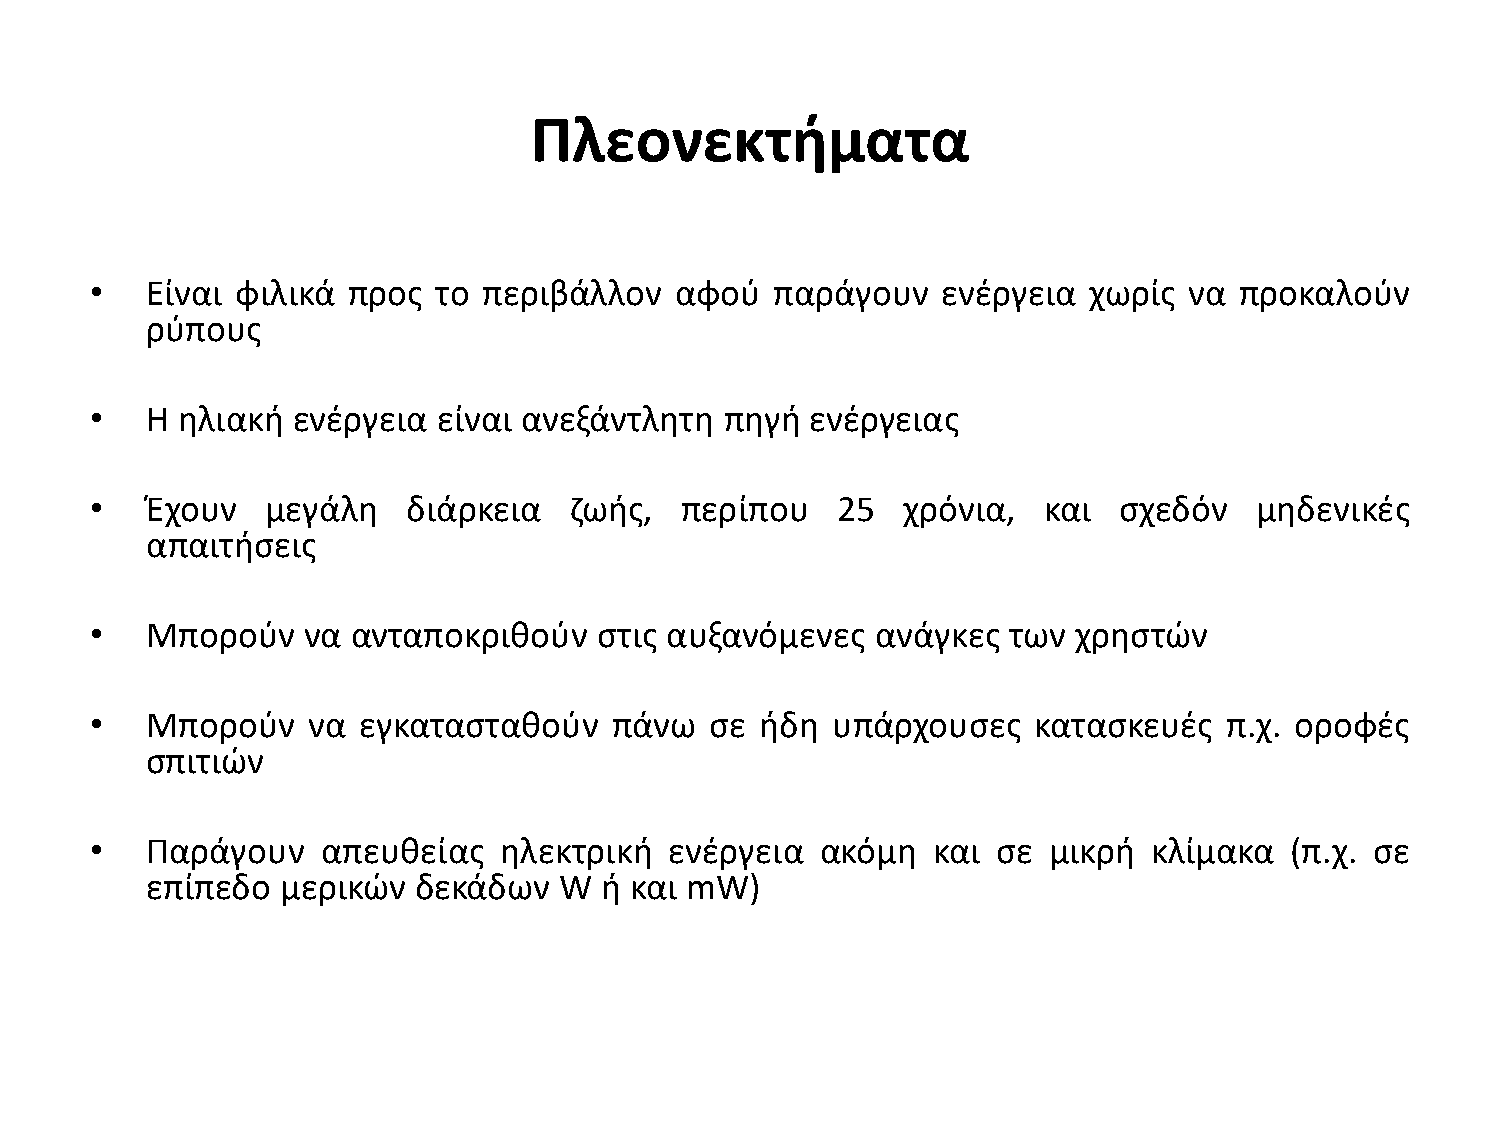
Πλεονεκτήματα
 •   Είναι φιλικά προσ  το περιβάλλον   αφοφ  παράγουν   ενζργεια  χωρίσ  να προκαλοφν
 ρφπουσ
 •   Η θλιακι ενζργεια  είναι ανεξάντλθτθ  πθγι  ενζργειασ
 •   Ζχουν   μεγάλθ   διάρκεια   ηωισ,  περίπου   25   χρόνια,  και  ςχεδόν   μθδενικζσ
 απαιτιςεισ
 •   Μποροφν   να ανταποκρικοφν    ςτισ αυξανόμενεσ  ανάγκεσ  των χρθςτϊν
 •   Μποροφν   να  εγκαταςτακοφν   πάνω   ςε ιδθ  υπάρχουςεσ   καταςκευζσ   π.χ. οροφζσ
 ςπιτιϊν
 •   Παράγουν   απευκείασ   θλεκτρικι  ενζργεια  ακόμθ   και ςε μικρι  κλίμακα  (π.χ. ςε
 επίπεδο  μερικϊν δεκάδων   W  ι και mW)